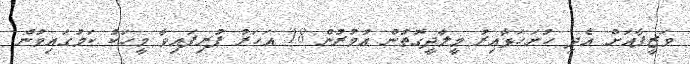
ވަޒީފާއަށް އެދި ހުށަހަޅާއިރު މީލާދީގޮތުން އުމުރުން 18 އަހަރު ފުރިފައިވާ މީހަކު ކަމުގައިވުން